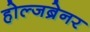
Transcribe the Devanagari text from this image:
होल्जब्रेनर